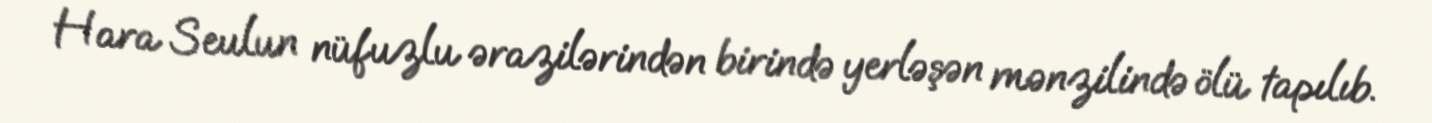
Hara Seulun nüfuzlu ərazilərindən birində yerləşən mənzilində ölü tapılıb.